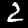
Digit: 2